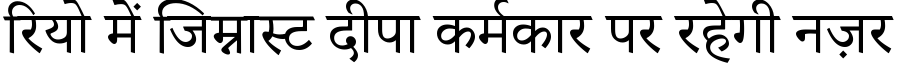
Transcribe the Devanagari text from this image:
रियो में जिम्नास्ट दीपा कर्मकार पर रहेगी नज़र